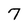
Character: 7